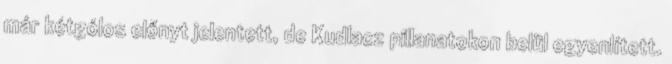
már kétgólos előnyt jelentett, de Kudlacz pillanatokon belül egyenlített.